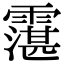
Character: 霮